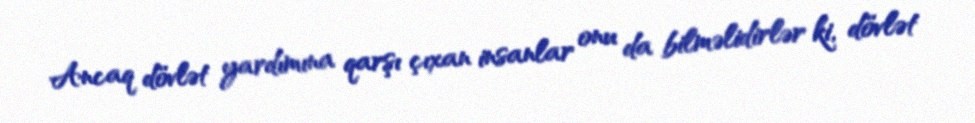
Ancaq dövlət yardımına qarşı çıxan insanlar onu da bilməlidirlər ki, dövlət